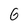
Character: 6